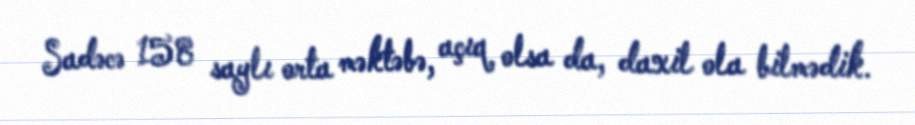
Sadəcə 158 saylı orta məktəbə, açıq olsa da, daxil ola bilmədik.